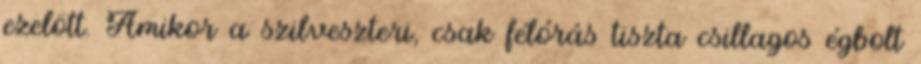
ezelött. Amikor a szilveszteri, csak félórás tiszta csillagos égbolt